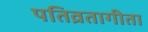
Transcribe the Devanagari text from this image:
पतिव्रतागीता